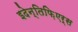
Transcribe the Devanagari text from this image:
इदेन्तिफ़िएर्स